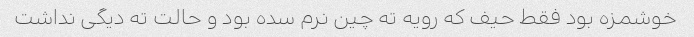
خوشمزه بود فقط حیف که رویه ته چین نرم سده بود و حالت ته دیگی نداشت